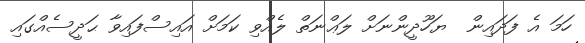
ހަމަ އެ ފަދައިން  ޔަހޫދީންނަށް ލަޢްނަތް ލެއްވި ކަމަށް އައިސްފައިވާ ޙަދީސެއްގައި